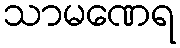
သာမဏေရ